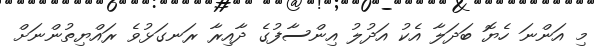
މި އަންނަ ހެޔޮ ބަދަލާ އެކު އަދުލު އިންސާފުގެ ދާއިރާ ރަނގަޅުވެ ރައްޔިތުންނަށް